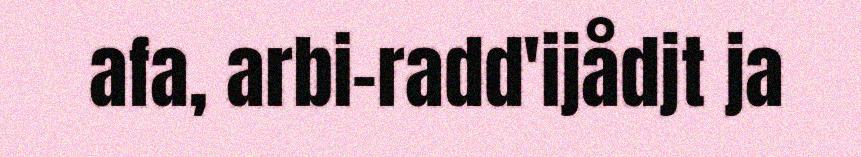
afa, arbi-radd'ijådjt ja